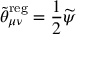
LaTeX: \widetilde { \theta } _ { \mu \nu } ^ { \mathrm { r e g } } = \frac 1 2 \widetilde { \psi }